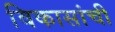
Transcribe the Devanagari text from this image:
विकासांची